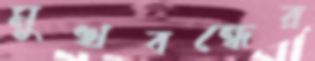
মুখবন্ধের